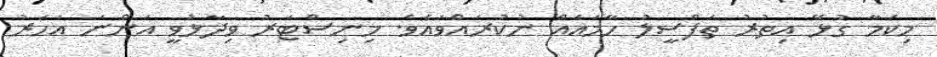
މިކަމާ ގުޅޭ އިތުރު ތަފްސީލު ހާމައެއް ނުކުރައްވައެވެ. މިނިސްޓަރު ވިދާޅުވީ އަންނަ އަހަރު